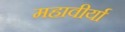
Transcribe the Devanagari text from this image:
महावीर्या